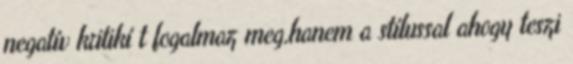
negatí­v kritikí t fogalmaz meg,hanem a stí­lussal ahogy teszi